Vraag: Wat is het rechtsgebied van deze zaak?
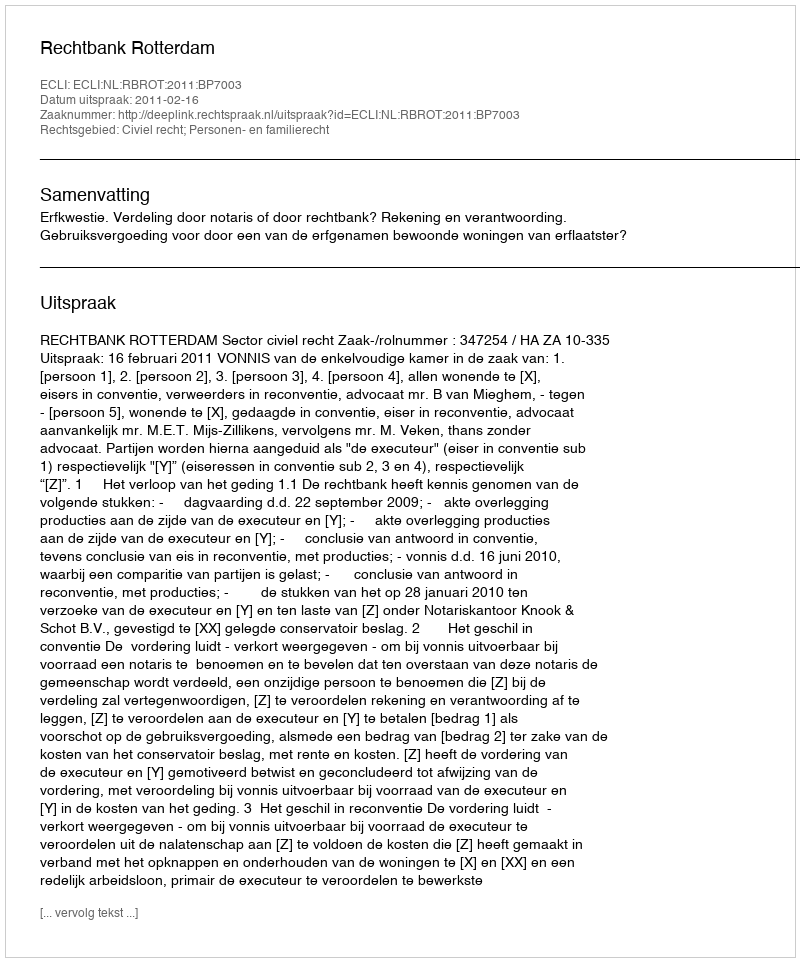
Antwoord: Civiel recht; Personen- en familierecht